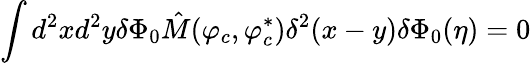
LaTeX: \int d^{2}xd^{2}y\delta\Phi_{0}\hat{M}(\varphi_{c},\varphi_{c}^{\ast})\delta^{2}(x-y)\delta\Phi_{0}(\eta)=0